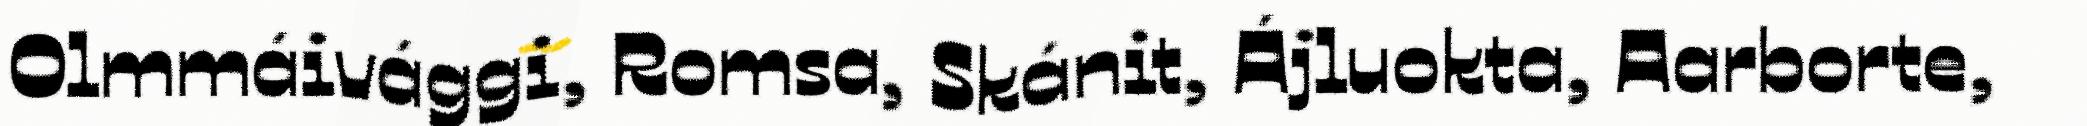
Olmmáivággi, Romsa, Skánit, Ájluokta, Aarborte,